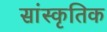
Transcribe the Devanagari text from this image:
सांस्‍कृतिक